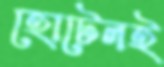
হোটেলই